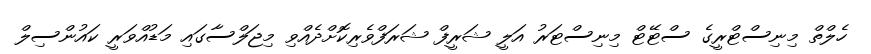
ހެލްތް މިނިސްޓްރީގެ ސްޓޭޓް މިނިސްޓަރު އަލީ ޝަރީފް ޝަރަފްވެރިކޮށްދެއްވި މިޖަލްސާގައި މަޑުއްވަރީ ކައުންސިލް